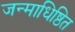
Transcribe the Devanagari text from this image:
जन्माधिष्ठित